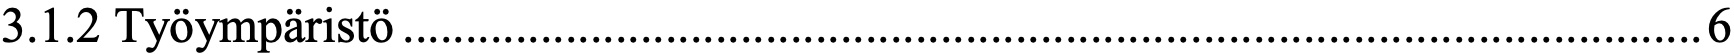
3.1.2 Työympäristö ........................................................................................................ 6